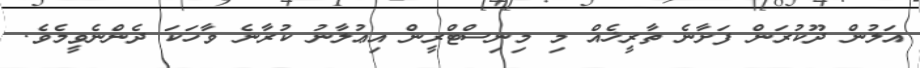
އަލުން ދޫކުރަން ފަށާނެ ތާރީޚެއް މި މިނިސްޓްރީން އިޢުލާނު ކުރާނެ ވާހަކަ ދެންނެވީމެވެ.